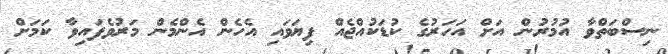
ނިސްބަތްވާ އުމުރުން އަށް އަހަރުގެ ކުޑަކުއްޖެއް ފިޔަވައި އެހެން އެންމެން މަރުވެފައިވާ ކަމަށް